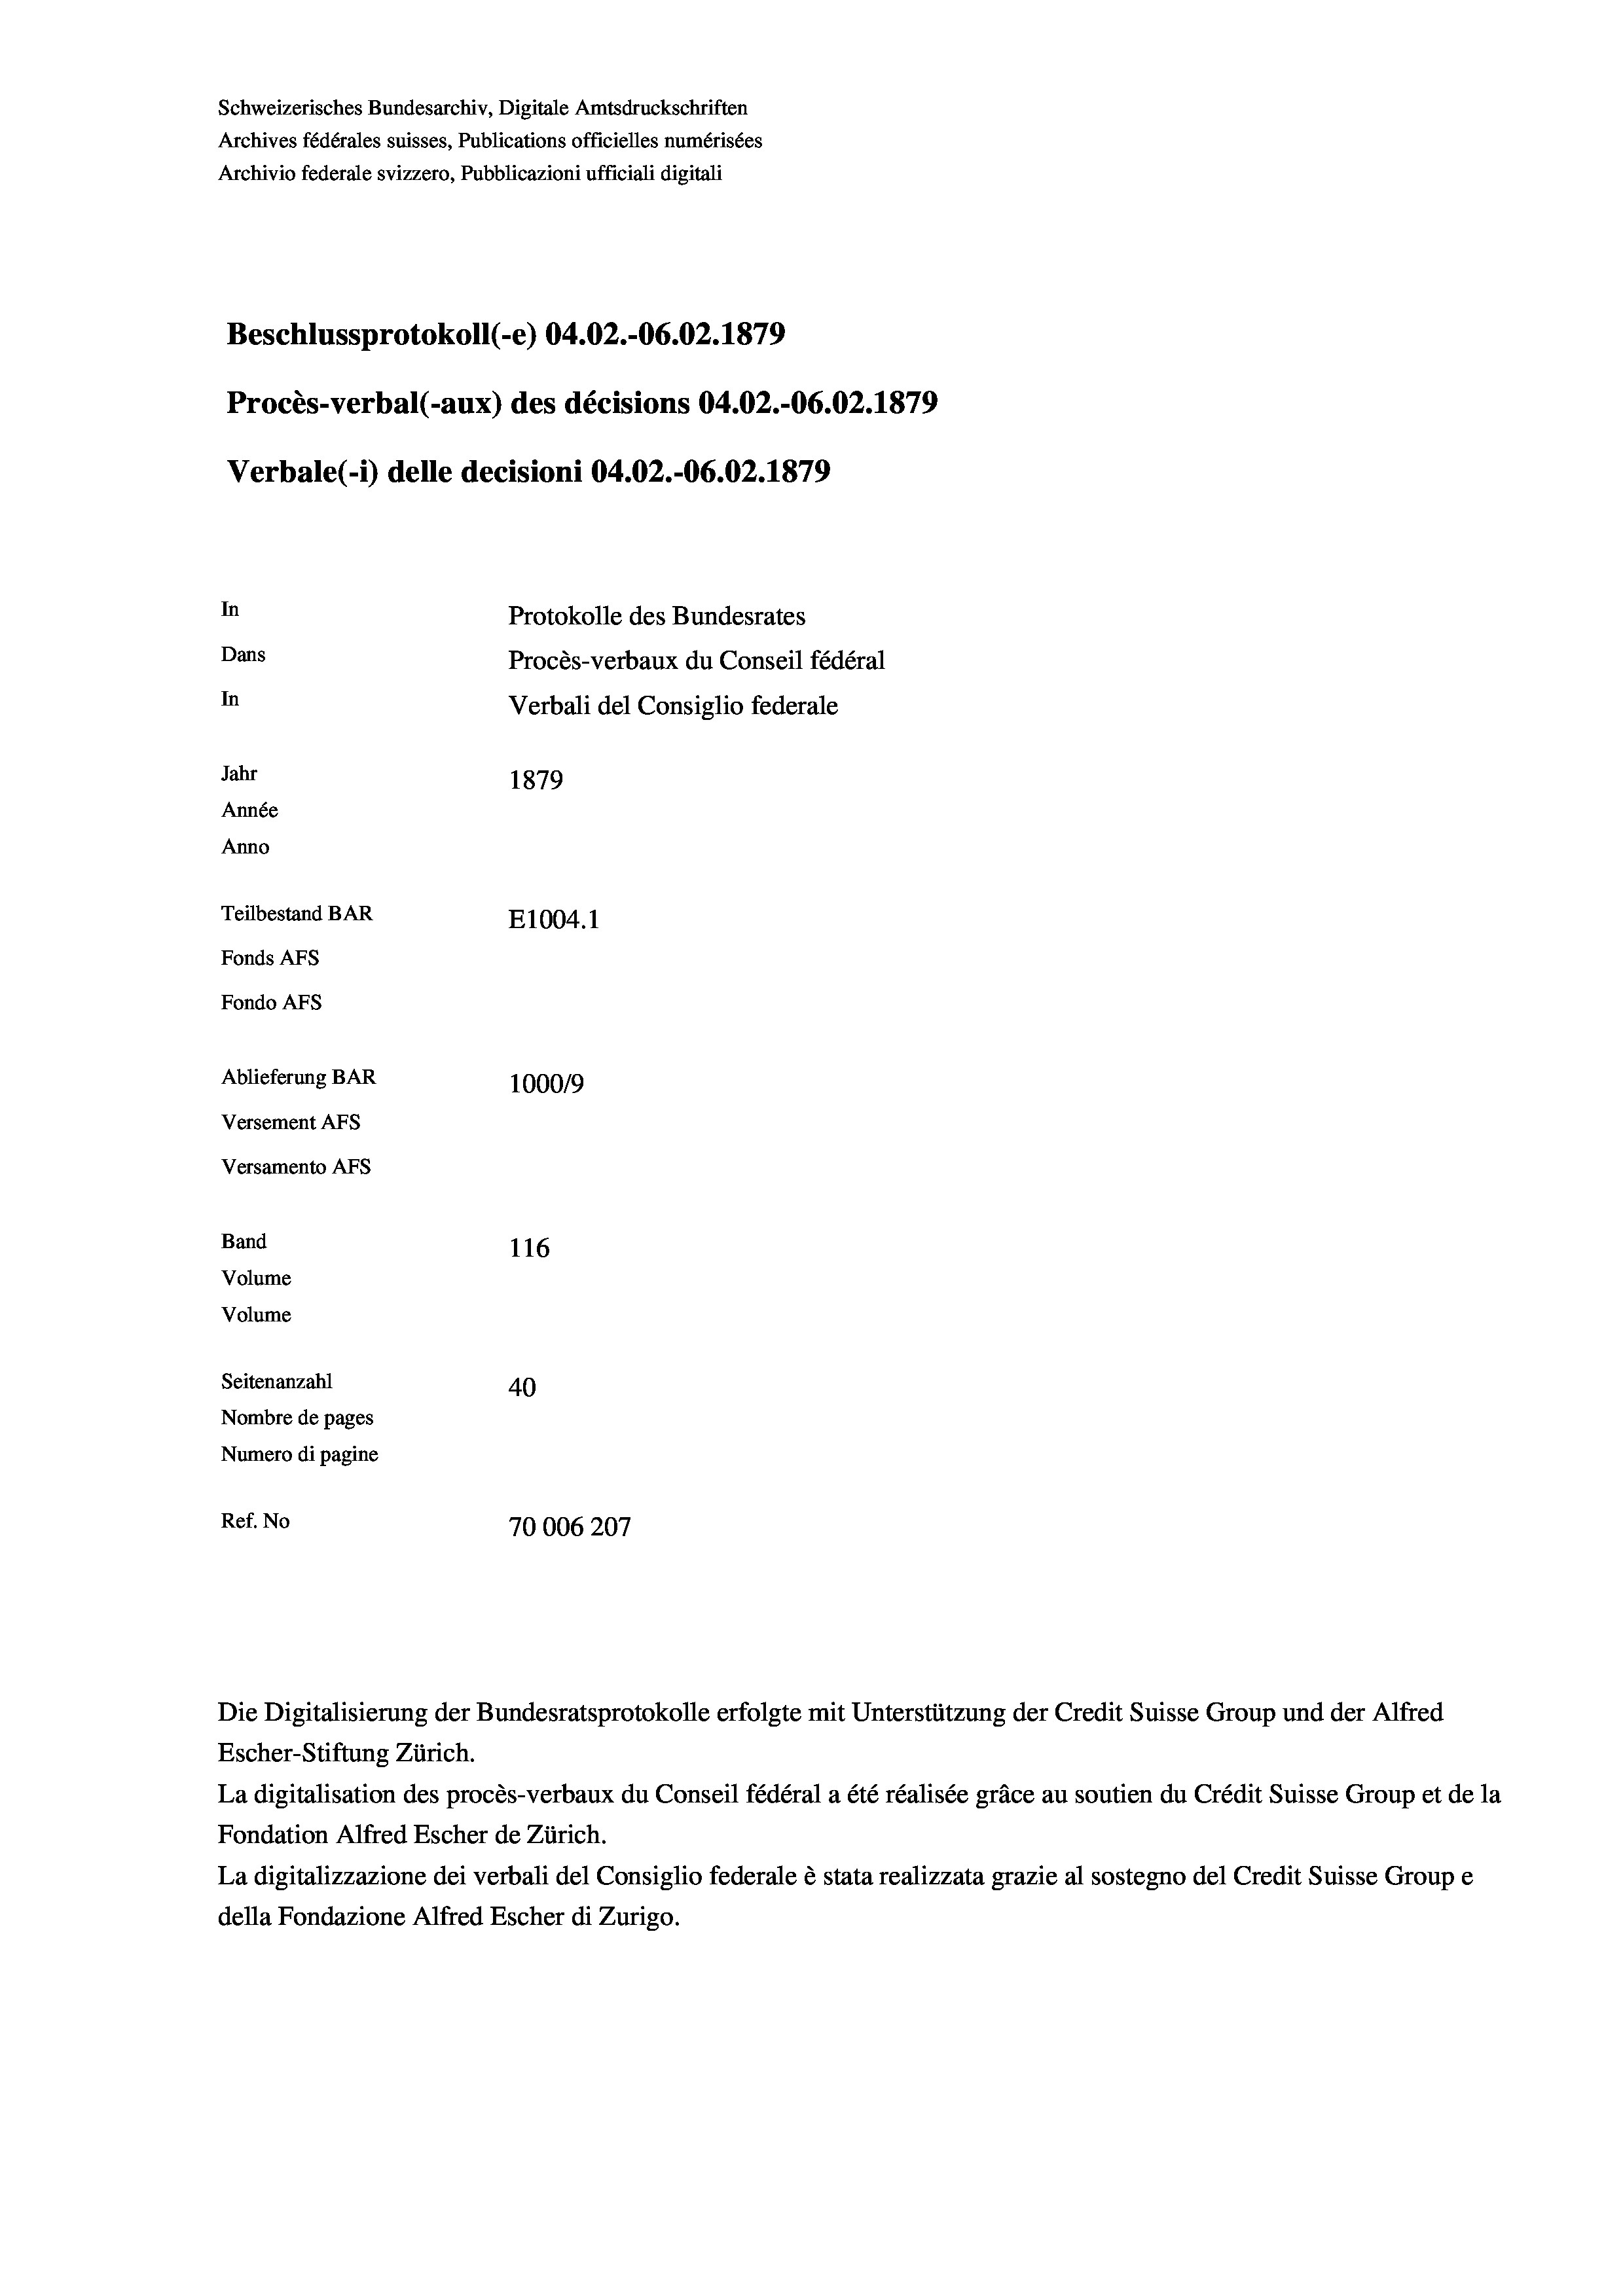
Schweizerisches Bundesarchiv, Digitale Amtsdruckschriften
Archives fédérales suisses, Publications officielles numérisées
Archivio federale svizzero, Pubblicazioni ufficiali digitali
Beschlussprotokoll (-e) 04.02.-06.02. 1879
Procès-verbal (-aux) des décisions 04.02.-06.02. 1879
In
Protokolle des Bundesrates
Dans
Procès-verbaux du Conseil fédéral
In
Verbali del Consiglio federale
Jahr
1879
Année
Anno
Teilbestand BAR
E1004. 1
Fonds AFs
Fondo Afs
Ablieferung BAR
10009
Versement Ans
Versamento Afs
Band
116
Volume
Volume
Seitenanzahl
40
Nombre de pages
Numero di pagine
Ref. No
70006207

Verbale (i) delle decisioni 04.02.-06.02. 1879

Die Digitalisierung der Bundesratsprotokolle erfolgte mit Unterstützung der Credit Suisse Group und der Alfred
Escher-Stiftung Zürich.
La digitalisation des procès-verbaux du Conseil fédéral a été réalisée gräce au soutien du Crédit Suisse Group et de la
Fondation Alfred Escher de Zürich.
La digitalizzazione dei verbali del Consiglio federale è stata realizzata grazie al sostegno del Credit Suisse Groupe
della Fondazione Alfred Escher di Zurigo.